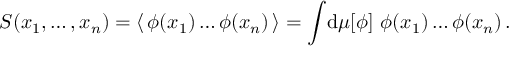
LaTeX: { \cal S } ( x _ { 1 } , \dots , x _ { n } ) = \langle \, \phi ( x _ { 1 } ) \dots \phi ( x _ { n } ) \, \rangle = \int \! \mathrm { d } \mu [ \phi ] \, \, \phi ( x _ { 1 } ) \dots \phi ( x _ { n } ) \, .